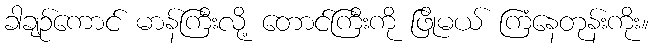
ခါချဉ်ကောင် မာန်ကြီးလို့ တောင်ကြီးကို ဖြိုမယ် ကြံနေတုန်းကိုး။